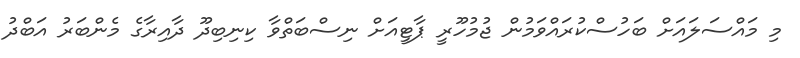
މި މައްސަލައަށް ބަހުސްކުރައްވަމުން ޖުމުހޫރީ ޕާޓީއަށް ނިސްބަތްވާ ކިނިބިދޫ ދާއިރާގެ މެންބަރު އަބްދު